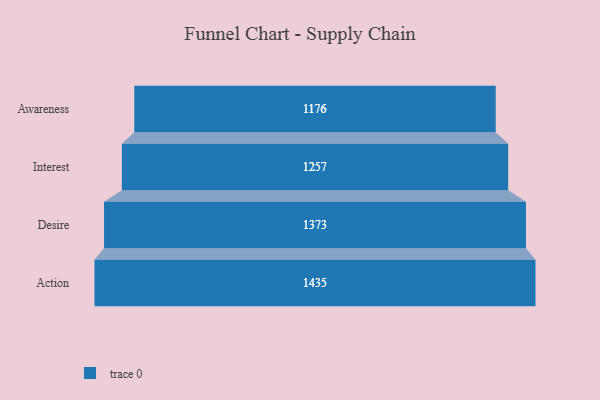
{"axis": {"x": "Stage", "y": "Value"}, "legend": [""], "data": [{"x": "Awareness", "y": 1176.0, "type": ""}, {"x": "Interest", "y": 1257.0, "type": ""}, {"x": "Desire", "y": 1373.0, "type": ""}, {"x": "Action", "y": 1435.0, "type": ""}]}